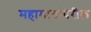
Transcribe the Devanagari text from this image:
महामागांवरील